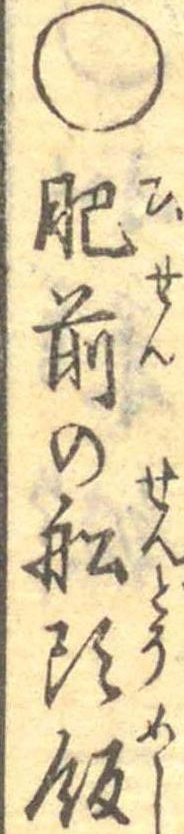
○肥前の船頭飯